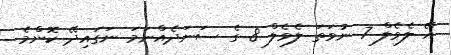
އޭ ލެވެލް 7 ނުވަތަ ލެވެލް 8 ގެ ސަނަދެއްނަމަ ނަގައިދޭ ކޮންމެ